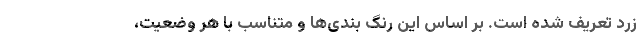
زرد تعریف شده است. بر اساس این رنگ بندی‌ها و متناسب با هر وضعیت،